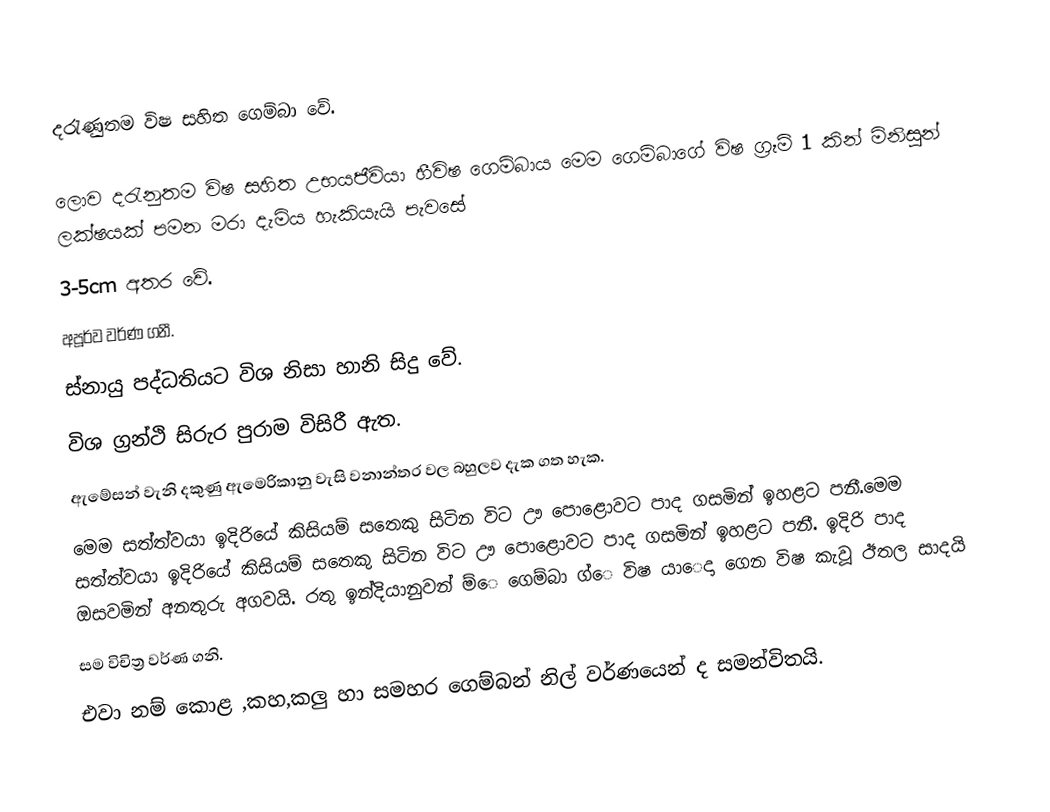
දරැණුතම විෂ සහිත ගෙම්බා වේ.

ලොව දරැනුතම විෂ සහිත උභයජීවියා හීවිෂ ගෙම්බාය මෙම ගෙම්බාගේ විෂ ග්‍රෑම් 1 කින් මිනිසුන් ලක්ෂයක් පමන මරා දැමිය හැකියැයි පැවසේ
3-5cm අතර වේ.
අපූර්ව වර්ණ ගනී.
ස්නායු පද්ධතියට විශ නිසා හානි සිදු වේ.
විශ ග්‍රන්ථි සිරුර පුරාම විසිරී ඇත.
ඇමේසන් වැනි දකුණු ඇමෙරිකානු වැසි වනාන්තර වල බහුලව දැක ගත හැක.
මෙම සත්ත්වයා ඉදිරියේ කිසියම් සතෙකු සිටින විට ඌ පොළොවට පාද ගසමින් ඉහළට පනී.මෙම සත්ත්වයා ඉදිරියේ කිසියම් සතෙකු සිටින විට ඌ පොළොවට පාද ගසමින් ඉහළට පනී. ඉදිරි පාද ඔසවමින් අනතුරු අගවයි. රතු ඉන්දියානුවන් ‍ම්‍ෙ ගෙම්බා ග්‍ෙ විෂ ය‍ා‍ෙදා ග‍ෙන විෂ කැවූ ඊතල සාදයි
සම විචිත්‍ර වර්ණ ගනි.
එවා නම් කොළ ,කහ,කලු හා සමහර ගෙම්බන් නිල් වර්ණයෙන් ද සමන්විතයි.